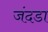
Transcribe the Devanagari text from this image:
जंदडा